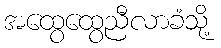
အထွေထွေညီလာခံသို့